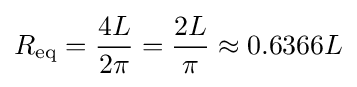
R_{\text{eq}}={\frac {4L}{2\pi }}={\frac {2L}{\pi }}\approx 0.6366L